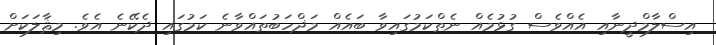
އިސްލާމްދީނާއި އެއްވެސް ގުޅުމެއް ނެތްކަމުގައިވާ ބައެއް މަޛްހަބުތައްވާނެ ކަމުގައި ދެކޭނެ އެވެ. މިޘާލަކަށް